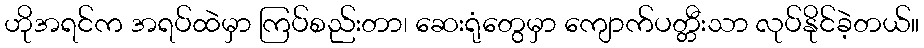
ဟိုအရင်က အရပ်ထဲမှာ ကြပ်စည်းတာ၊ ဆေးရုံတွေမှာ ကျောက်ပတ္တီးသာ လုပ်နိုင်ခဲ့တယ်။